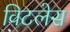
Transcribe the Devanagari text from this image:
विटलेस